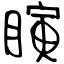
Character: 瞚